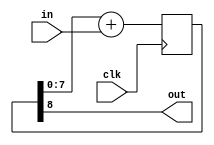
module sigma_delta(
		   input       clk,
		   input [7:0] in,
		   output      out
		   );

   reg [8:0] 		       accu;
   
   always@(posedge clk)
     begin
	accu<=accu[7:0]+in;
     end
   
   assign out=accu[8]; 
endmodule // sigma_delta